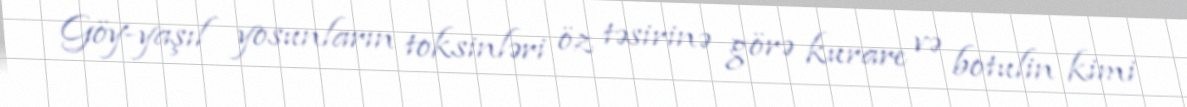
Göy-yaşıl yosunların toksinləri öz təsirinə görə kurare və botulin kimi